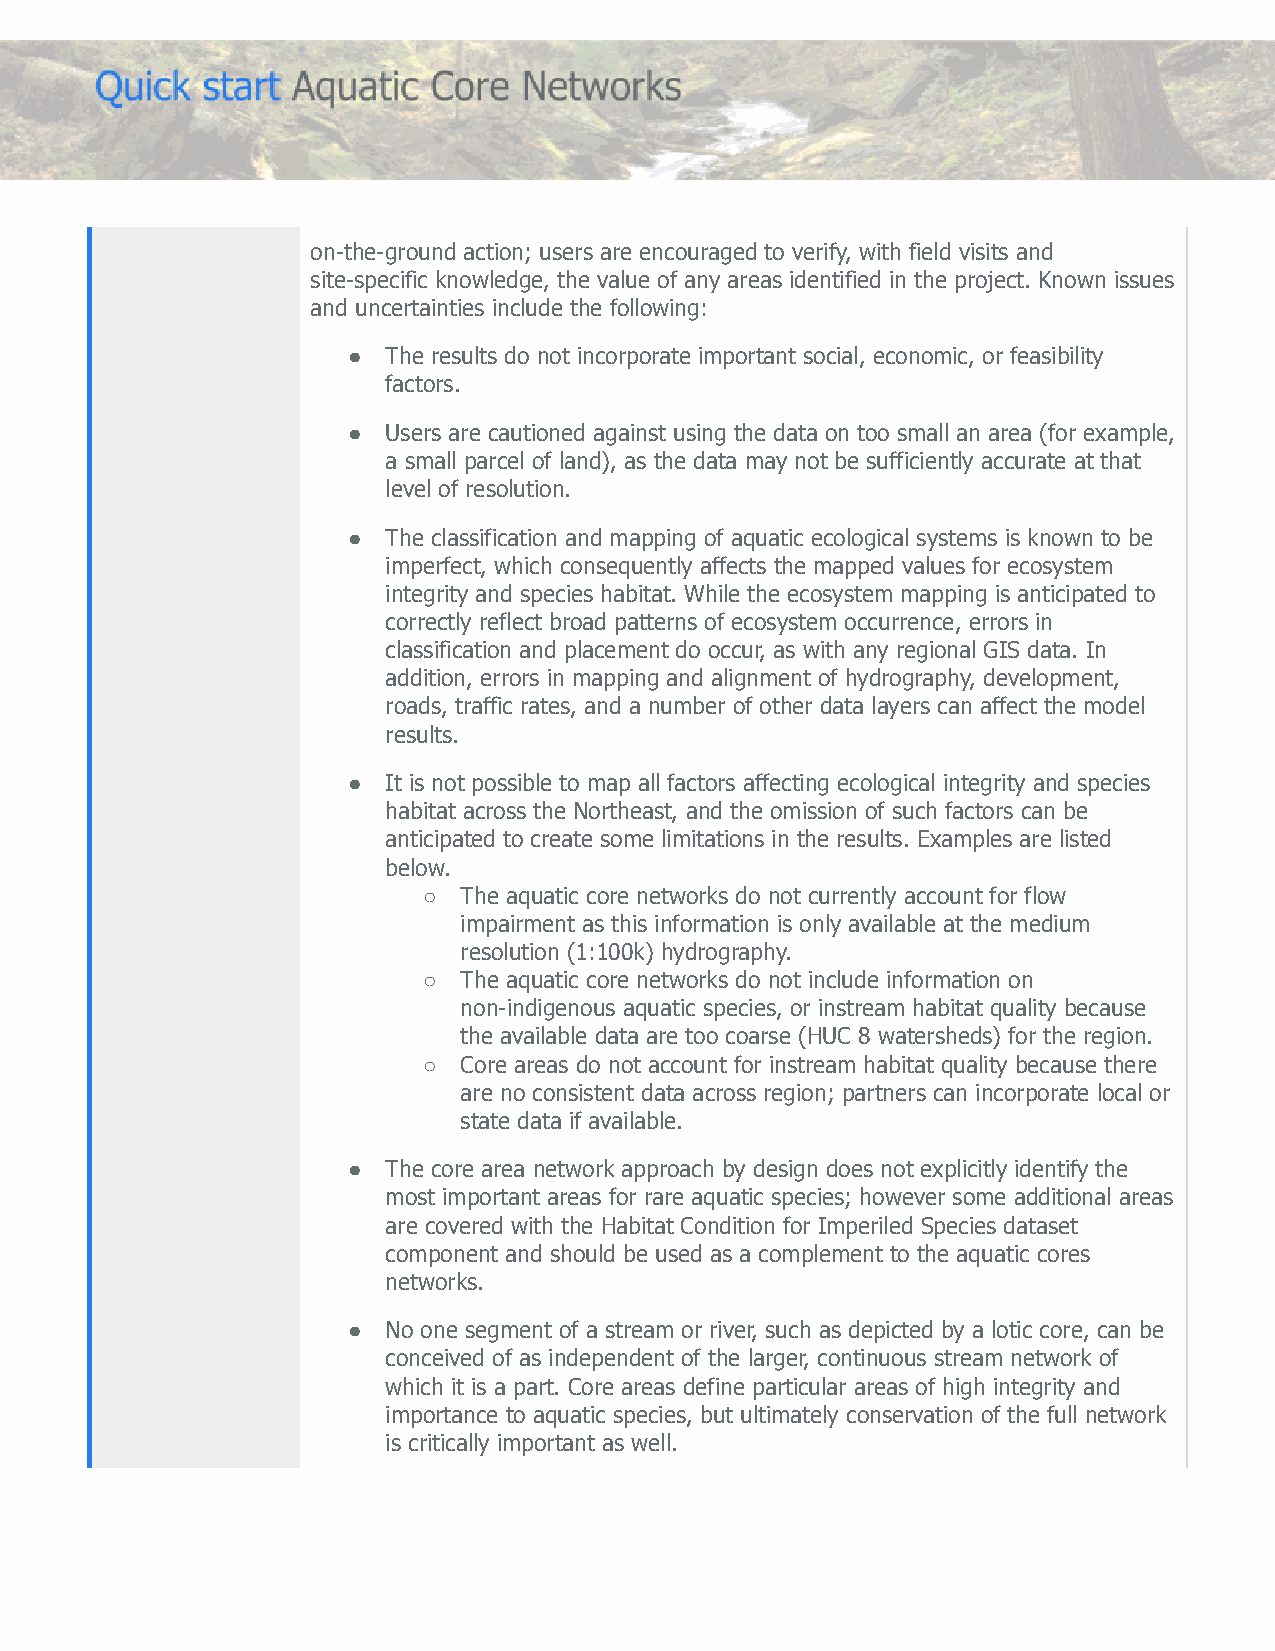
on­the­ground action; users are encouraged to verify, with field visits and
 site­specific knowledge, the value of any areas identified in the project. Known issues
 and uncertainties include the following:
 ●  The results do not incorporate important social, economic, or feasibility
 factors.
 ●  Users are cautioned against using the data on too small an area (for example,
 a small parcel of land), as the data may not be sufficiently accurate at that
 level of resolution.
 ●  The classification and mapping of aquatic ecological systems is known to be
 imperfect, which consequently affects the mapped values for ecosystem
 integrity and species habitat. While the ecosystem mapping is anticipated to
 correctly reflect broad patterns of ecosystem occurrence, errors in
 classification and placement do occur, as with any regional GIS data. In
 addition, errors in mapping and alignment of hydrography, development,
 roads, traffic rates, and a number of other data layers can affect the model
 results.
 ●  It is not possible to map all factors affecting ecological integrity and species
 habitat across the Northeast, and the omission of such factors can be
 anticipated to create some limitations in the results. Examples are listed
 below.
 ○ The aquatic core networks do not currently account for flow
 impairment as this information is only available at the medium
 resolution (1:100k) hydrography.
 ○ The aquatic core networks do not include information on
 non­indigenous aquatic species, or instream habitat quality because
 the available data are too coarse (HUC 8 watersheds) for the region.
 ○ Core areas do not account for instream habitat quality because there
 are no consistent data across region; partners can incorporate local or
 state data if available.
 ●  The core area network approach by design does not explicitly identify the
 most important areas for rare aquatic species; however some additional areas
 are covered with the Habitat Condition for Imperiled Species dataset
 component and should be used as a complement to the aquatic cores
 networks.
 ●  No one segment of a stream or river, such as depicted by a lotic core, can be
 conceived of as independent of the larger, continuous stream network of
 which it is a part. Core areas define particular areas of high integrity and
 importance to aquatic species, but ultimately conservation of the full network
 is critically important as well.